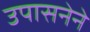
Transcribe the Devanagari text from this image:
उपासनेने